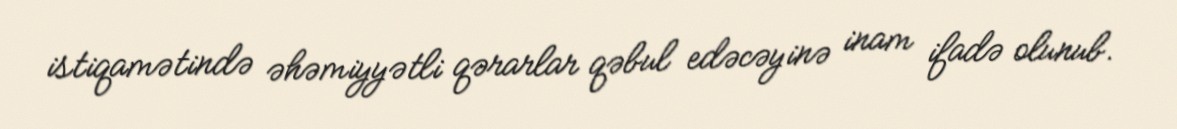
istiqamətində əhəmiyyətli qərarlar qəbul edəcəyinə inam ifadə olunub.